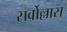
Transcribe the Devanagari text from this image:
सर्वोल्लास